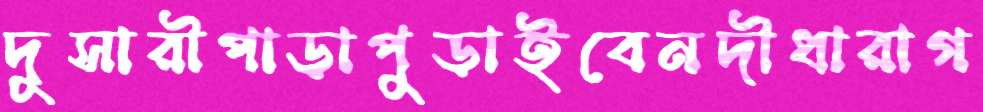
দুসারীপাড়াপুড়াইবেনদীধারাগ